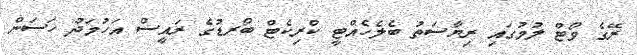
ރޭގެ ވޯޓް ލުމުގައި ރިޔާސަތު ބެލެހެއްޓީ ކްރިކެޓް ބޯރޑުގެ ރައީސް އަހުމަދު ހަސަން